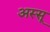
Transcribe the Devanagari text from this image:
अस्सू